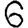
Digit: 6